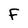
Character: F